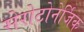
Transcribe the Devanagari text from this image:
सेरोटोनेर्जिक